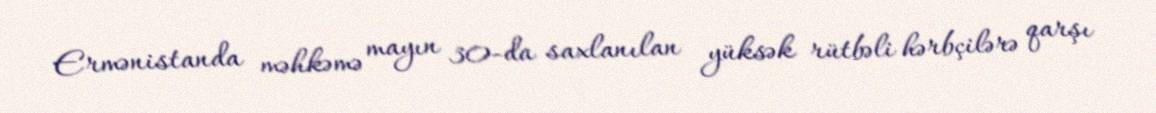
Ermənistanda məhkəmə mayın 30-da saxlanılan yüksək rütbəli hərbçilərə qarşı